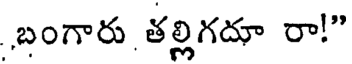
బంగారు తల్లిగదూ రా!"